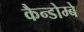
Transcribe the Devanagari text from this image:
कैन्डोम्बे